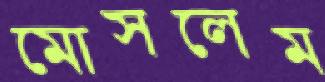
মোসলেম